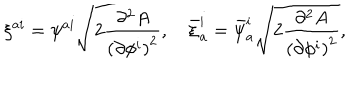
\xi ^ { a i } = \psi ^ { a i } \sqrt { 2 \frac { \partial ^ { 2 } A } { { ( \partial \phi ^ { i } ) } ^ { 2 } } } , \quad \bar { \xi } _ { a } ^ { i } = \bar { \psi } _ { a } ^ { i } \sqrt { 2 \frac { \partial ^ { 2 } A } { { ( \partial \phi ^ { i } ) } ^ { 2 } } } ,